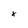
Character: x